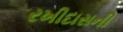
રખીદાસની